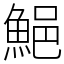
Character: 䱒